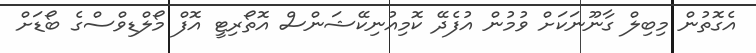
އެގޮތުން މިބިލް ގާނޫނަކަށް ވުމުން އުފެދޭ ކޮމިއުނިކޭޝަންސް އޮތޯރިޓީ އޮފް މޯލްޑިވްސްގެ ބޯޑަށް